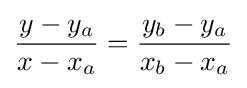
{\frac {y-y_{a}}{x-x_{a}}}={\frac {y_{b}-y_{a}}{x_{b}-x_{a}}}